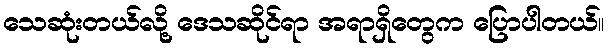
သေဆုံးတယ်လို့ ဒေသဆိုင်ရာ အရာရှိတွေက ပြောပါတယ်။